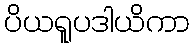
ပိယရူပဒါယိကာ